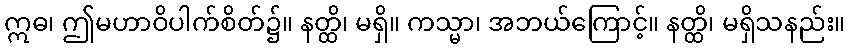
ဣဓ၊ ဤမဟာဝိပါက်စိတ်၌။ နတ္ထိ၊ မရှိ။ ကသ္မာ၊ အဘယ်ကြောင့်။ နတ္ထိ၊ မရှိသနည်း။